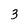
Character: 3